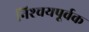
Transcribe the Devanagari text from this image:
निश्‍चयपूर्वक